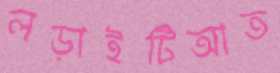
লড়াইটিআত